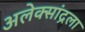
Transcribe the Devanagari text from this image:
अलेक्सांद्रला